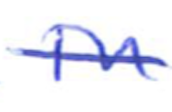
Text: in
Cross-out: single-line
Writing tool: ballpoint